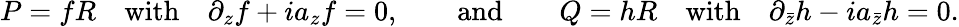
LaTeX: P=fR\quad\mathrm{with}\quad\partial_{z}f+ia_{z}f=0,\qquad\mathrm{and}\qquad Q=hR\quad\mathrm{with}\quad\partial_{\bar{z}}h-ia_{\bar{z}}h=0.